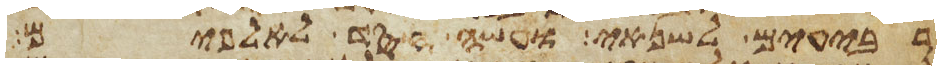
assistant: רביעים לשנאי ועשה חסד לאלפים